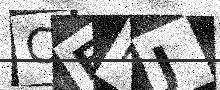
Text: CEPJ